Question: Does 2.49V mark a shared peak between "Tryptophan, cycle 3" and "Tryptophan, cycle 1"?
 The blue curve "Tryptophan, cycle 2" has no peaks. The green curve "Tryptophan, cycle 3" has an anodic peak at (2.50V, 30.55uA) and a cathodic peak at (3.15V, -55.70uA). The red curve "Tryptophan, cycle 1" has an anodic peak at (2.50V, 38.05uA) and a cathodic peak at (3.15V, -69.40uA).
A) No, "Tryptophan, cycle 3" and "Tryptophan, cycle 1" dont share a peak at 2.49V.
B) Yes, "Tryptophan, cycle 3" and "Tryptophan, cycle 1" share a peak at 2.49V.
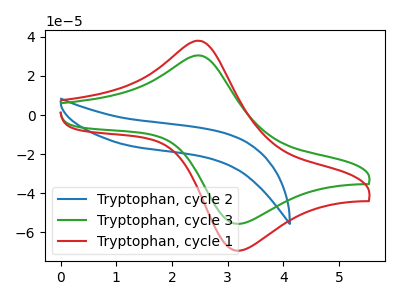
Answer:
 <answer>B) Yes, "Tryptophan, cycle 3" and "Tryptophan, cycle 1" share a peak at 2.49V.</answer>
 <eval>B</eval>